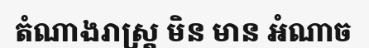
តំណាងរាស្ត្រ មិន មាន អំណាច